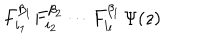
LaTeX: F _ { i _ { 1 } } ^ { \beta _ { 1 } } F _ { i _ { 2 } } ^ { \beta _ { 2 } } \cdots F _ { i _ { l } } ^ { \beta _ { l } } \, \Psi ( z )